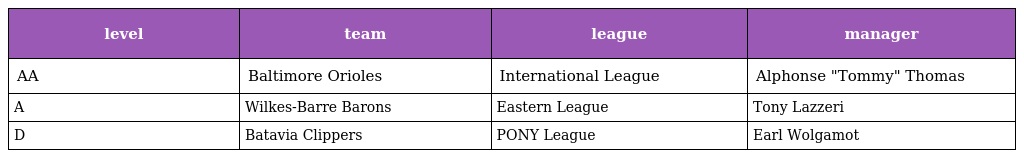
| level | team | league | manager |
 | --- | --- | --- | --- |
 | AA | Baltimore Orioles | International League | Alphonse "Tommy" Thomas |
 | A | Wilkes-Barre Barons | Eastern League | Tony Lazzeri |
 | D | Batavia Clippers | PONY League | Earl Wolgamot |